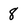
Character: 8